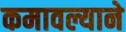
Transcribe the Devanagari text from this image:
कमावल्याने